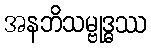
အနဘိသမ္ဗုဒ္ဓဿ